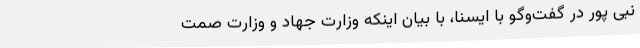
نبی پور در گفت‌وگو با ایسنا، با بیان اینکه وزارت جهاد و وزارت صمت